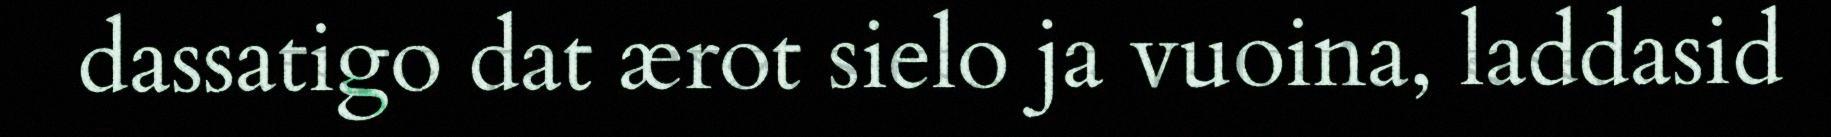
dassatigo dat ærot sielo ja vuoina, laddasid